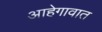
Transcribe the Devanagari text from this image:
आहेगावात